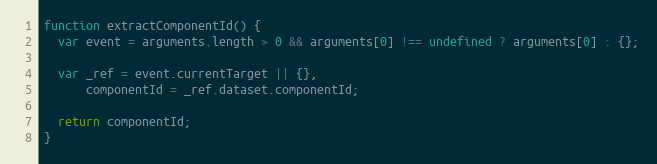
Language: JavaScript
function extractComponentId() {
  var event = arguments.length > 0 && arguments[0] !== undefined ? arguments[0] : {};

  var _ref = event.currentTarget || {},
      componentId = _ref.dataset.componentId;

  return componentId;
}